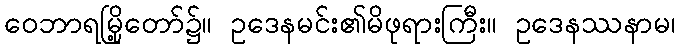
ဝေဘာရမြို့တော်၌။ ဥဒေနမင်း၏မိဖုရားကြီး။ ဥဒေနဿနာမ၊